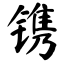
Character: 镌